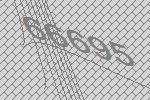
66695